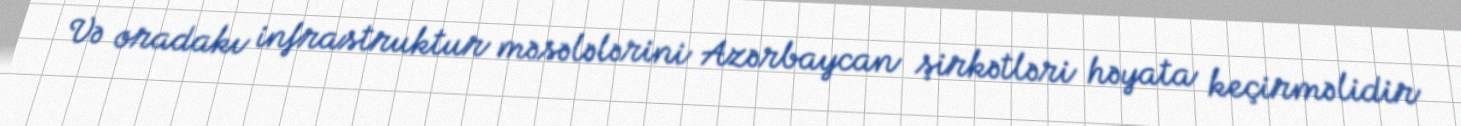
Və oradakı infrastruktur məsələlərini Azərbaycan şirkətləri həyata keçirməlidir